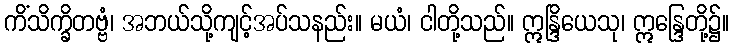
ကိံသိက္ခိတဗ္ဗံ၊ အဘယ်သို့ကျင့်အပ်သနည်း။ မယံ၊ ငါတို့သည်။ ဣန္ဒြိယေသု၊ ဣန္ဒြေတို့၌။